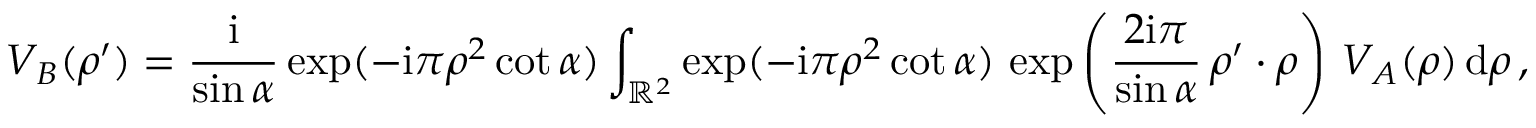
V _ { B } ( \boldsymbol \rho ^ { \prime } ) = { \frac { \mathrm { i } } { \sin \alpha } } \exp ( - \mathrm { i } \pi \rho ^ { 2 } \cot \alpha ) \int _ { { \mathbb R } ^ { 2 } } \exp ( - \mathrm { i } \pi \rho ^ { 2 } \cot \alpha ) \, \exp \left( { \frac { 2 \mathrm { i } \pi } { \sin \alpha } } \, \boldsymbol \rho ^ { \prime } \boldsymbol \cdot \boldsymbol \rho \right) \, V _ { A } ( \boldsymbol \rho ) \, \mathrm { d } \boldsymbol \rho \, ,